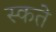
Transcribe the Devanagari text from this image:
स्कते